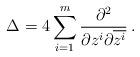
LaTeX: \begin{align*}\Delta=4\sum_{i=1}^{m} \frac{\partial^{2}}{\partial z^{i}\partial \overline{z^{i}}}\,. \end{align*}